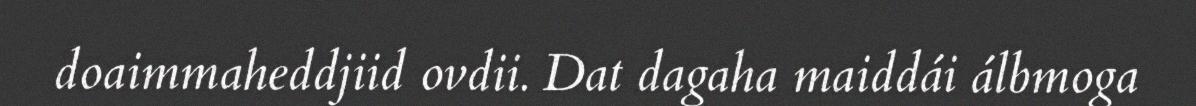
doaimmaheddjiid ovdii. Dat dagaha maiddái álbmoga